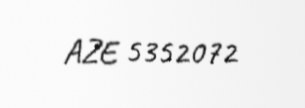
AZE 5352072